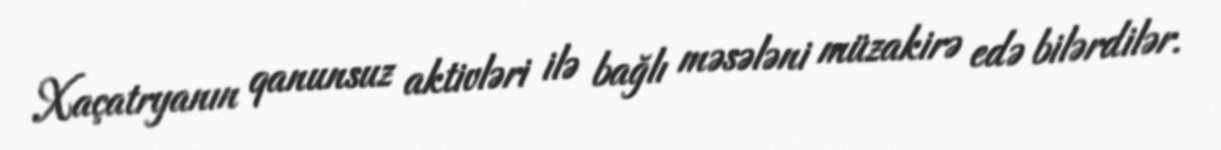
Xaçatryanın qanunsuz aktivləri ilə bağlı məsələni müzakirə edə bilərdilər.